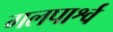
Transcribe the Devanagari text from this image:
गलपार्श्व